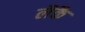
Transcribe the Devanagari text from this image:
लैकै